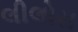
લીલોરા